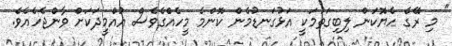
" މި ރޭގެ ހެޔޮކަން ލިބިގަތުމަކީ އަޅުގަނޑުމެން ކޮންމެ މީހެއްގެވެސް އުއްމީދަކަށް ވާންޖެހެއެވެ.